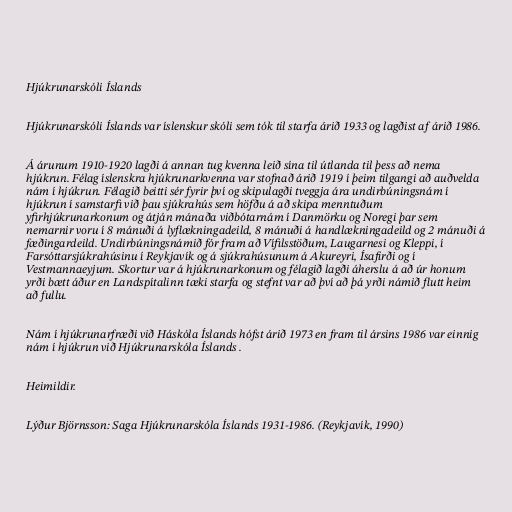
Hjúkrunarskóli Íslands

Hjúkrunarskóli Íslands var íslenskur skóli sem tók til starfa árið 1933 og lagðist af árið 1986.

Á árunum 1910-1920 lagði á annan tug kvenna leið sína til útlanda til þess að nema
hjúkrun. Félag íslenskra hjúkrunarkvenna var stofnað árið 1919 í þeim tilgangi að auðvelda
nám í hjúkrun. Félagið beitti sér fyrir því og skipulagði tveggja ára undirbúningsnám í
hjúkrun í samstarfi við þau sjúkrahús sem höfðu á að skipa menntuðum
yfirhjúkrunarkonum og átján mánaða viðbótarnám í Danmörku og Noregi þar sem
nemarnir voru í 8 mánuði á lyflækningadeild, 8 mánuði á handlækningadeild og 2 mánuði á
fæðingardeild. Undirbúningsnámið fór fram að Vífilsstöðum, Laugarnesi og Kleppi, í
Farsóttarsjúkrahúsinu í Reykjavík og á sjúkrahúsunum á Akureyri, Ísafirði og í
Vestmannaeyjum. Skortur var á hjúkrunarkonum og félagið lagði áherslu á að úr honum
yrði bætt áður en Landspítalinn tæki starfa og stefnt var að því að þá yrði námið flutt heim
að fullu.

Nám í hjúkrunarfræði við Háskóla Íslands hófst árið 1973 en fram til ársins 1986 var einnig
nám í hjúkrun við Hjúkrunarskóla Íslands .

Heimildir.

Lýður Björnsson: Saga Hjúkrunarskóla Íslands 1931-1986. (Reykjavík, 1990)